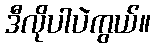
ဒီလိုပါပဲကွယ်။